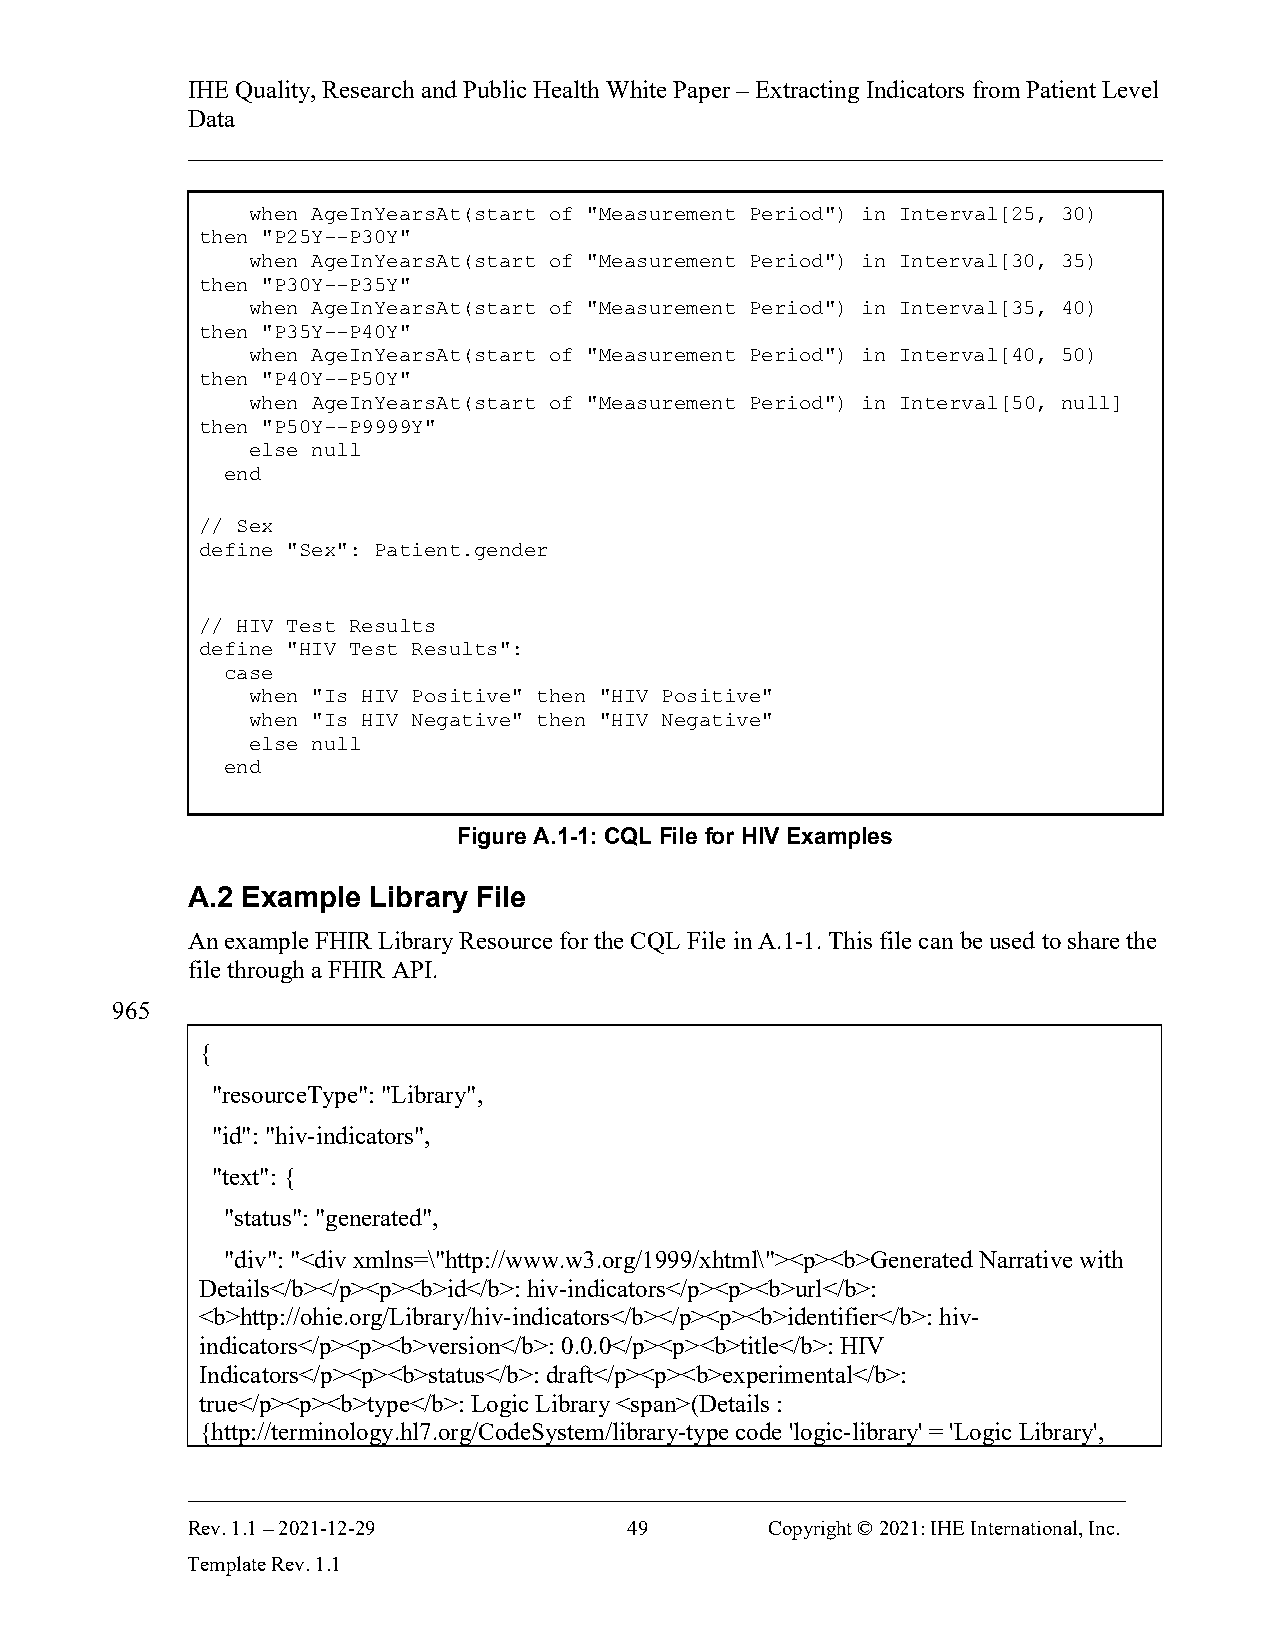
IHE Quality, Research and Public Health White Paper – Extracting Indicators from Patient Level
 Data
 ______________________________________________________________________________
 when AgeInYearsAt(start of "Measurement Period") in Interval[25, 30)
 then "P25Y--P30Y"
 when AgeInYearsAt(start of "Measurement Period") in Interval[30, 35)
 then "P30Y--P35Y"
 when AgeInYearsAt(start of "Measurement Period") in Interval[35, 40)
 then "P35Y--P40Y"
 when AgeInYearsAt(start of "Measurement Period") in Interval[40, 50)
 then "P40Y--P50Y"
 when AgeInYearsAt(start of "Measurement Period") in Interval[50, null]
 then "P50Y--P9999Y"
 else null
 end
 // Sex
 define "Sex": Patient.gender
 // HIV Test Results
 define "HIV Test Results":
 case
 when "Is HIV Positive" then "HIV Positive"
 when "Is HIV Negative" then "HIV Negative"
 else null
 end
 Figure A.1-1: CQL File for HIV Examples
 A.2 Example Library File
 An example FHIR Library Resource for the CQL File in A.1-1. This file can be used to share the
 file through a FHIR API.
 965
 {
 "resourceType": "Library",
 "id": "hiv-indicators",
 "text": {
 "status": "generated",
 "div": "<div xmlns=\"http://www.w3.org/1999/xhtml\"><p><b>Generated Narrative with
 Details</b></p><p><b>id</b>: hiv-indicators</p><p><b>url</b>:
 <b>http://ohie.org/Library/hiv-indicators</b></p><p><b>identifier</b>: hiv-
 indicators</p><p><b>version</b>: 0.0.0</p><p><b>title</b>: HIV
 Indicators</p><p><b>status</b>: draft</p><p><b>experimental</b>:
 true</p><p><b>type</b>: Logic Library <span>(Details :
 {http://terminology.hl7.org/CodeSystem/library-type code 'logic-library' = 'Logic Library',
 ___________________________________________________________________________
 Rev. 1.1 – 2021-12-29         49       Copyright © 2021: IHE International, Inc.
 Template Rev. 1.1